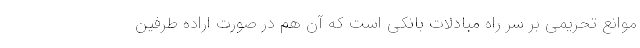
موانع تحریمی بر سر راه مبادلات بانکی است که آن هم در صورت اراده طرفین